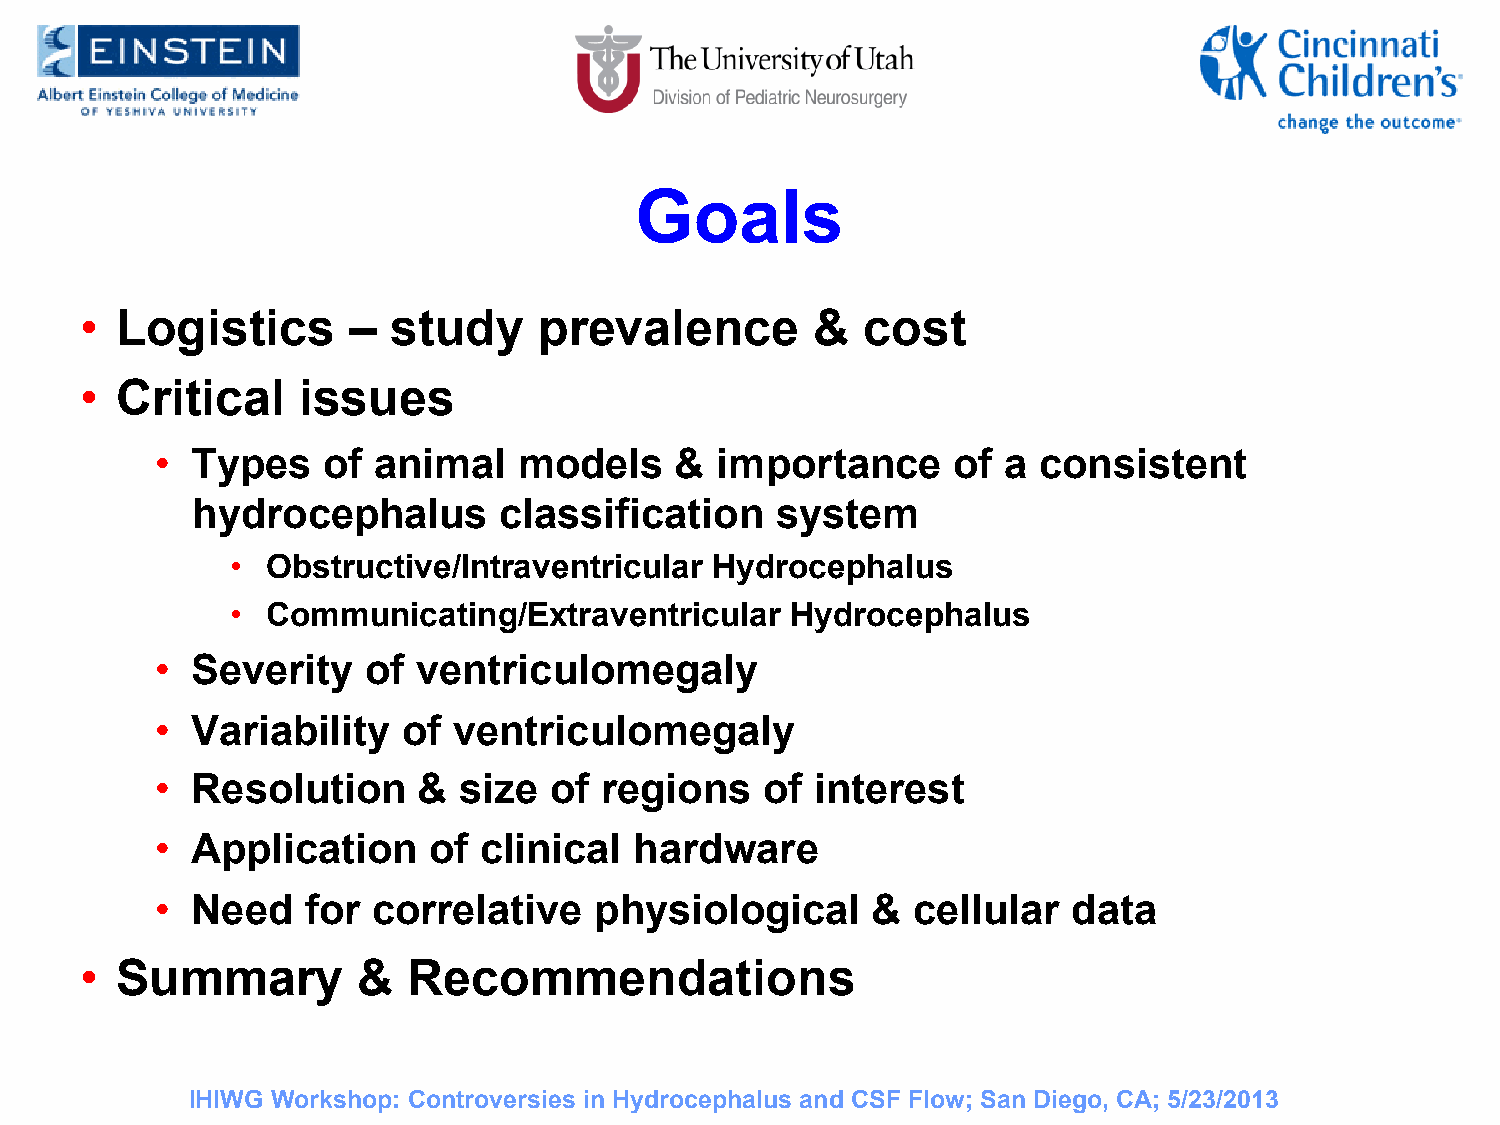
Goals
 •  Logistics      –  study     prevalence        &  cost
 •  Critical    issues
 •  Types   of  animal   models     & importance      of a  consistent
 hydrocephalus       classification    system
 •  Obstructive/Intraventricular Hydrocephalus
 •  Communicating/Extraventricular    Hydrocephalus
 •  Severity   of  ventriculomegaly
 •  Variability   of ventriculomegaly
 •  Resolution     & size  of  regions    of interest
 •  Application    of  clinical  hardware
 •  Need   for  correlative   physiological      & cellular   data
 •  Summary         &  Recommendations
 IHIWG Workshop: Controversies in Hydrocephalus and CSF Flow; San Diego, CA; 5/23/2013